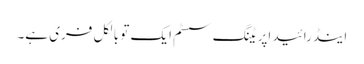
اینڈرائید اپریٹنگ سسٹم ایک تو بالکل فری ہے۔